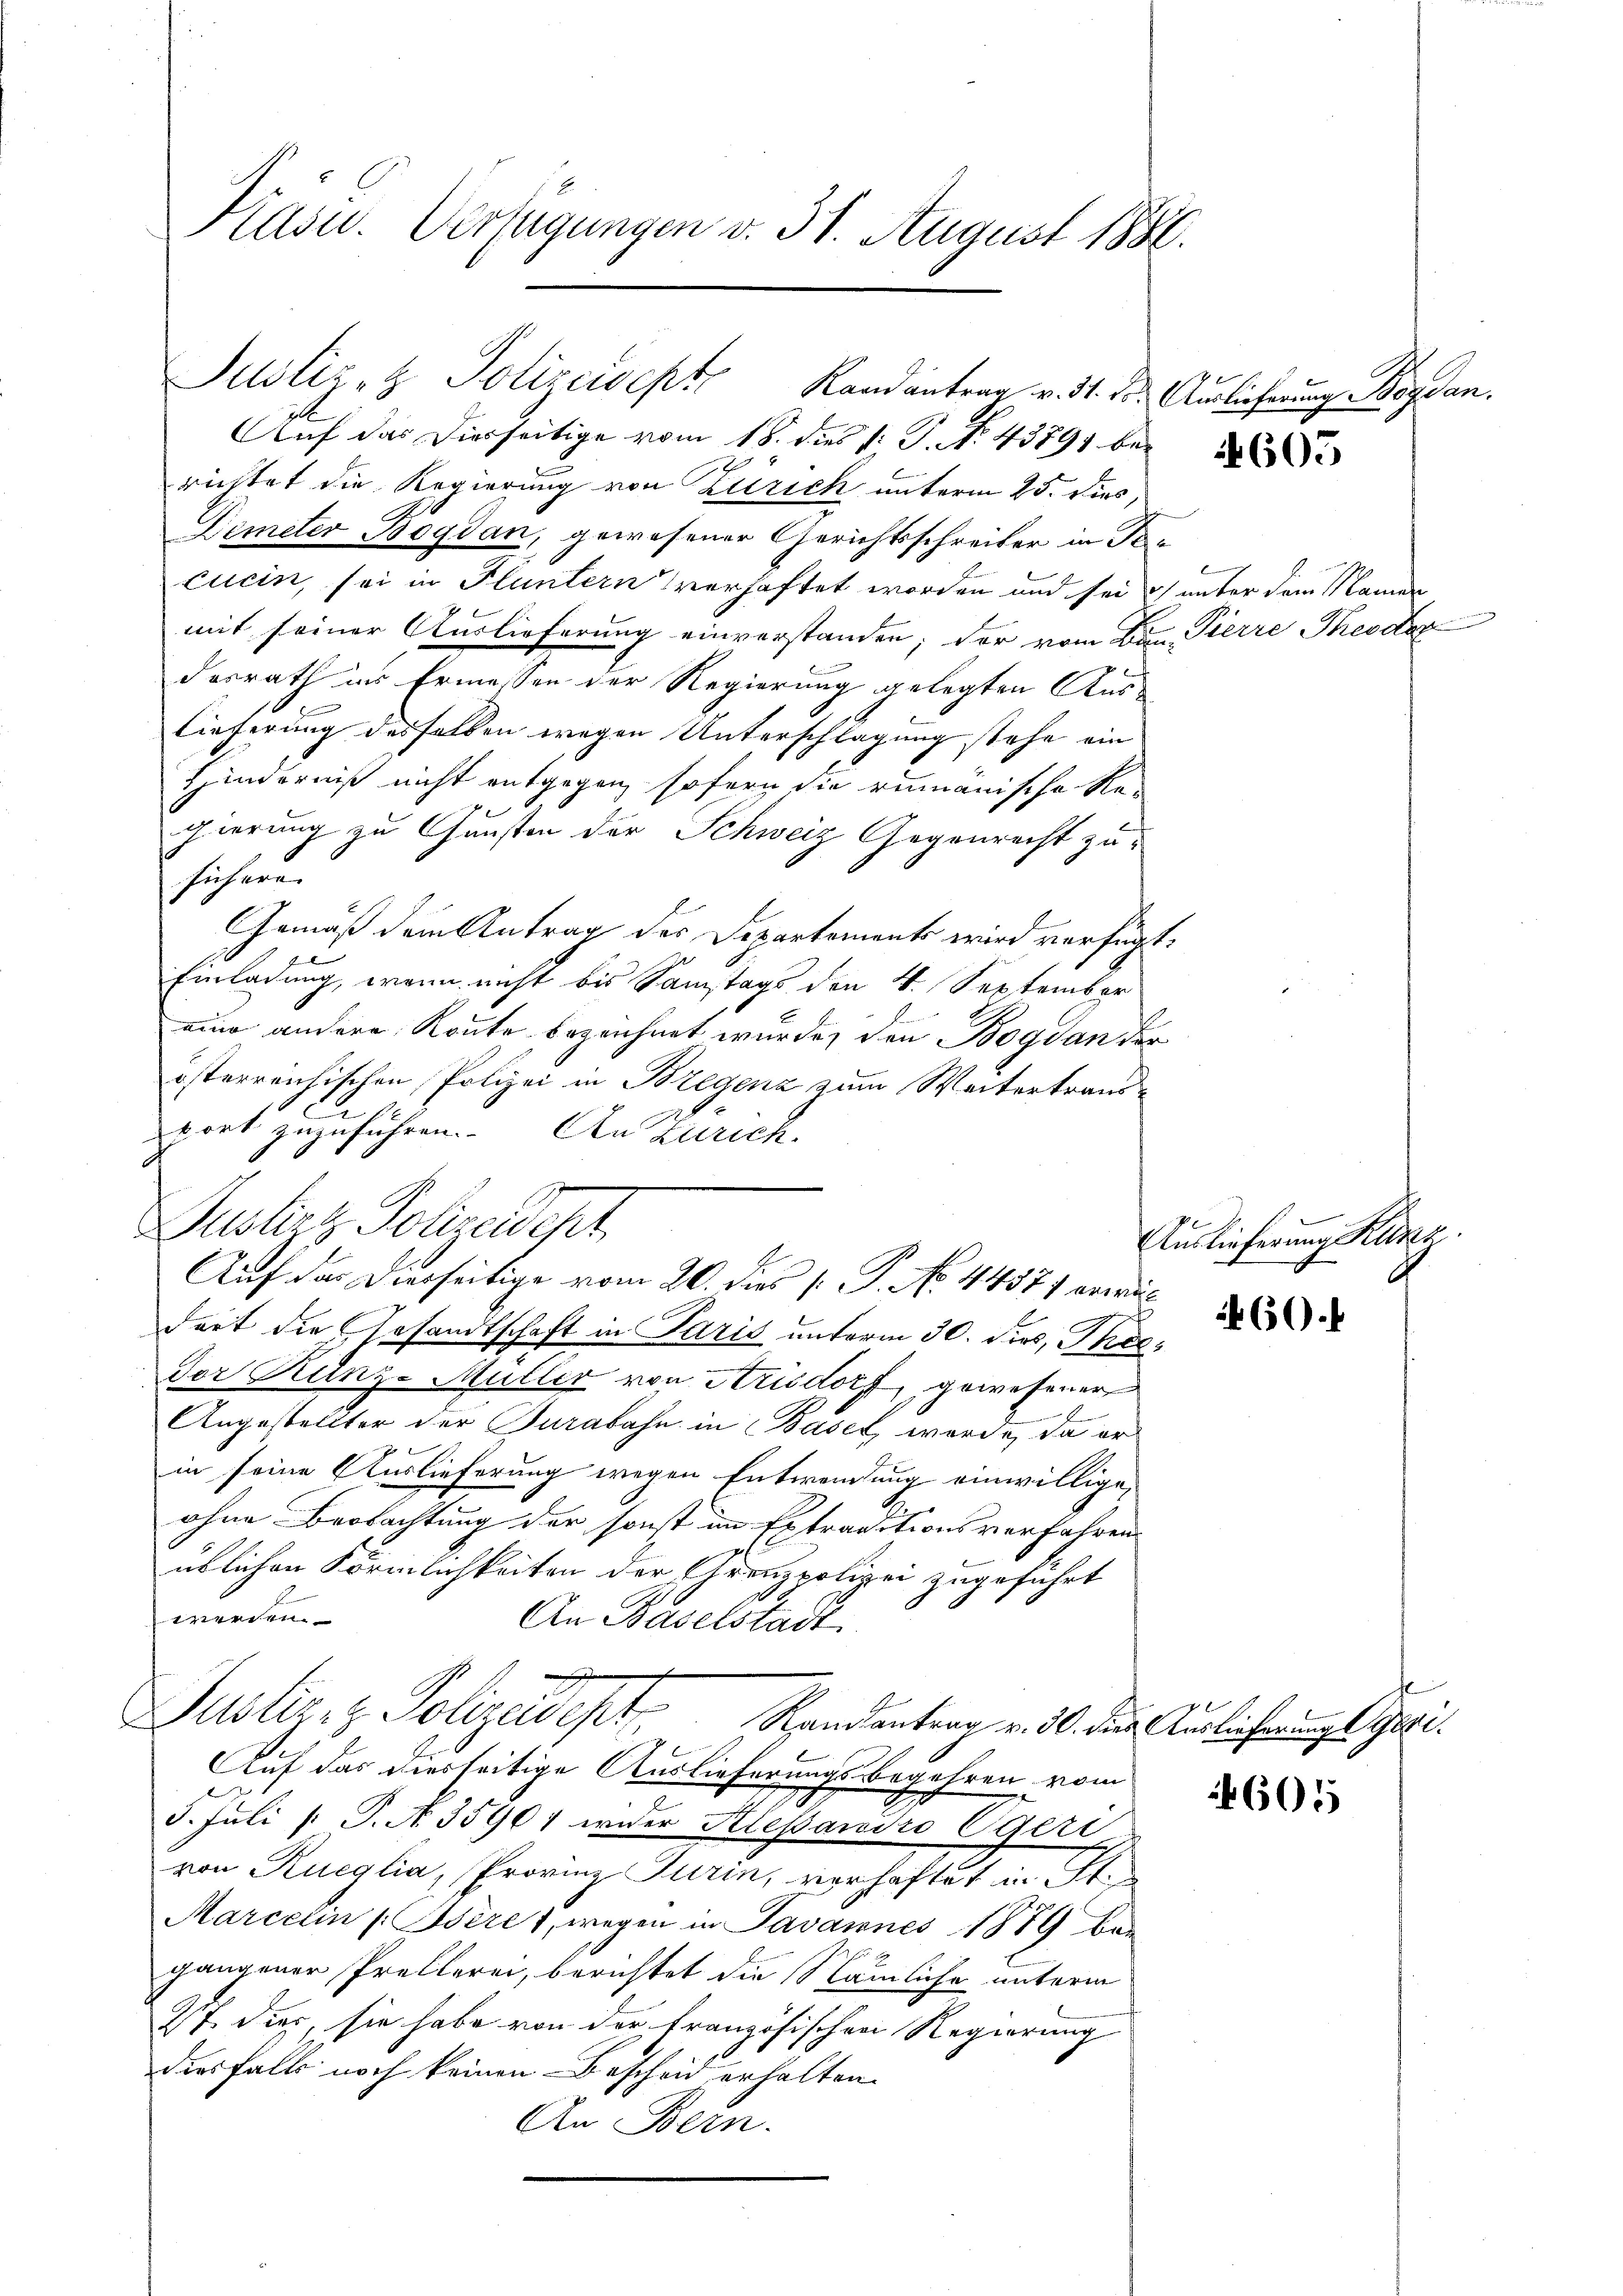
Präsid. Verfügungen v. 31. August 1886.

richtet die Regierung von Zürich unterm 25. dies,
Demeter Bogdan, gewesener Gerichtsschreiber in Tocucin, sei in Fluntern verhaftet worden und sei unter dem Namen
mit seiner Auslieferung einverstanden; der vom Bann Pierre Theodor
desrath in Ermessen der Regierung gelegten Aus-
lieferung desselben wegen Unterschlagung stehe ein
Hinderniß nicht entgegen, sofern die rumänische Re-
2
gierung zu Gunsten der Schweiz Gegenrecht zusich erns
Gemäß dem Antrag der Departements wird verfügt:
Einladung, wenn nicht bis Samstags den 4. September
ein andere Route bezeichnet wurde, den Bogdan der
österreichischen Polizei in Bregenz zum Weitertrausport zuzuführen. Den Zürich.
dort die Gesandtschaft in Paris unterm 30. dies, Theodor Runz-Müller von Arisdorf, gewesener
Angestellter der Jurabahn in Basel werde, da er
in seine Auslieferung wegen Entwendung einwillige,
ohne Beobachtung der sonst im Extraditionsverfahren
üblichen Förmlichkeiten der Grenzpolizei zugeführt
werden.
An Baselstadt
Justiz z. Polizeidist
Randantrag v. 30. dies Auslieferungs Gesi
Auf das diesseitige Auslieferungsbegehren vom
5. Juli [S. A 35901 wider Klesandro Egeri
von Rueglia, Provinz Turin, vorhaftet in St.
Marcelin (Bsère, wegen in Javannes 1889 bei
gangener Prellerei, berichtet die Nämliche unterm
2t dies, sie habe von der französischen Regierung
iesfalls noch keinen Bescheid erhalten.
An Bern.

Justiz- & Polizeisept
Randantrag v. 31. ds. Auslieferung Boyan.
Auf das Diesseitige vom 18. dies /: P. No. 43891 be¬

Justirt Polizeident
Auf das Dierseitige vom 20. dies k. P. No. 44571 errie

4605

Auslieferung Klisz

460.

605